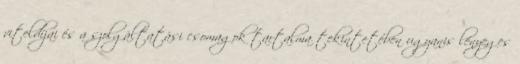
viteldíjai és a szolgáltatási csomagok tartalma tekintetében ugyanis lényeges